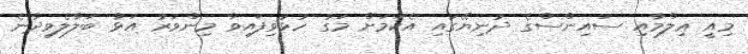
މިއީ ޢިލްމާއި ސައިންސްގެ ދުނިޔޭގައި އެކަމަށް މަގު ހުޅުވިފައިވާ މިންވަރު އަޅާ ބަލާލެވިދާނެ